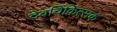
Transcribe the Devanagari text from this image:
देवचिकित्सक